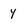
Character: y